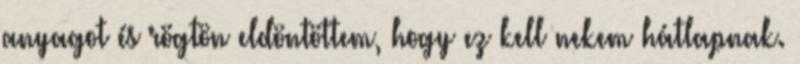
anyagot és rögtön eldöntöttem, hogy ez kell nekem hátlapnak.